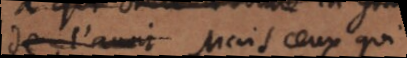
de l’avoir Mais ceux qui